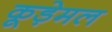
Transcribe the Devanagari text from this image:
कूड़ेमल